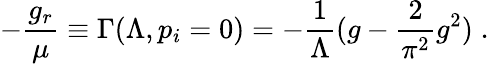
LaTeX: -\frac{g_{r}}{\mu}\equiv\Gamma(\Lambda,p_{i}=0)=-\frac{1}{\Lambda}(g-\frac{2}{\pi^{2}}g^{2})\; .